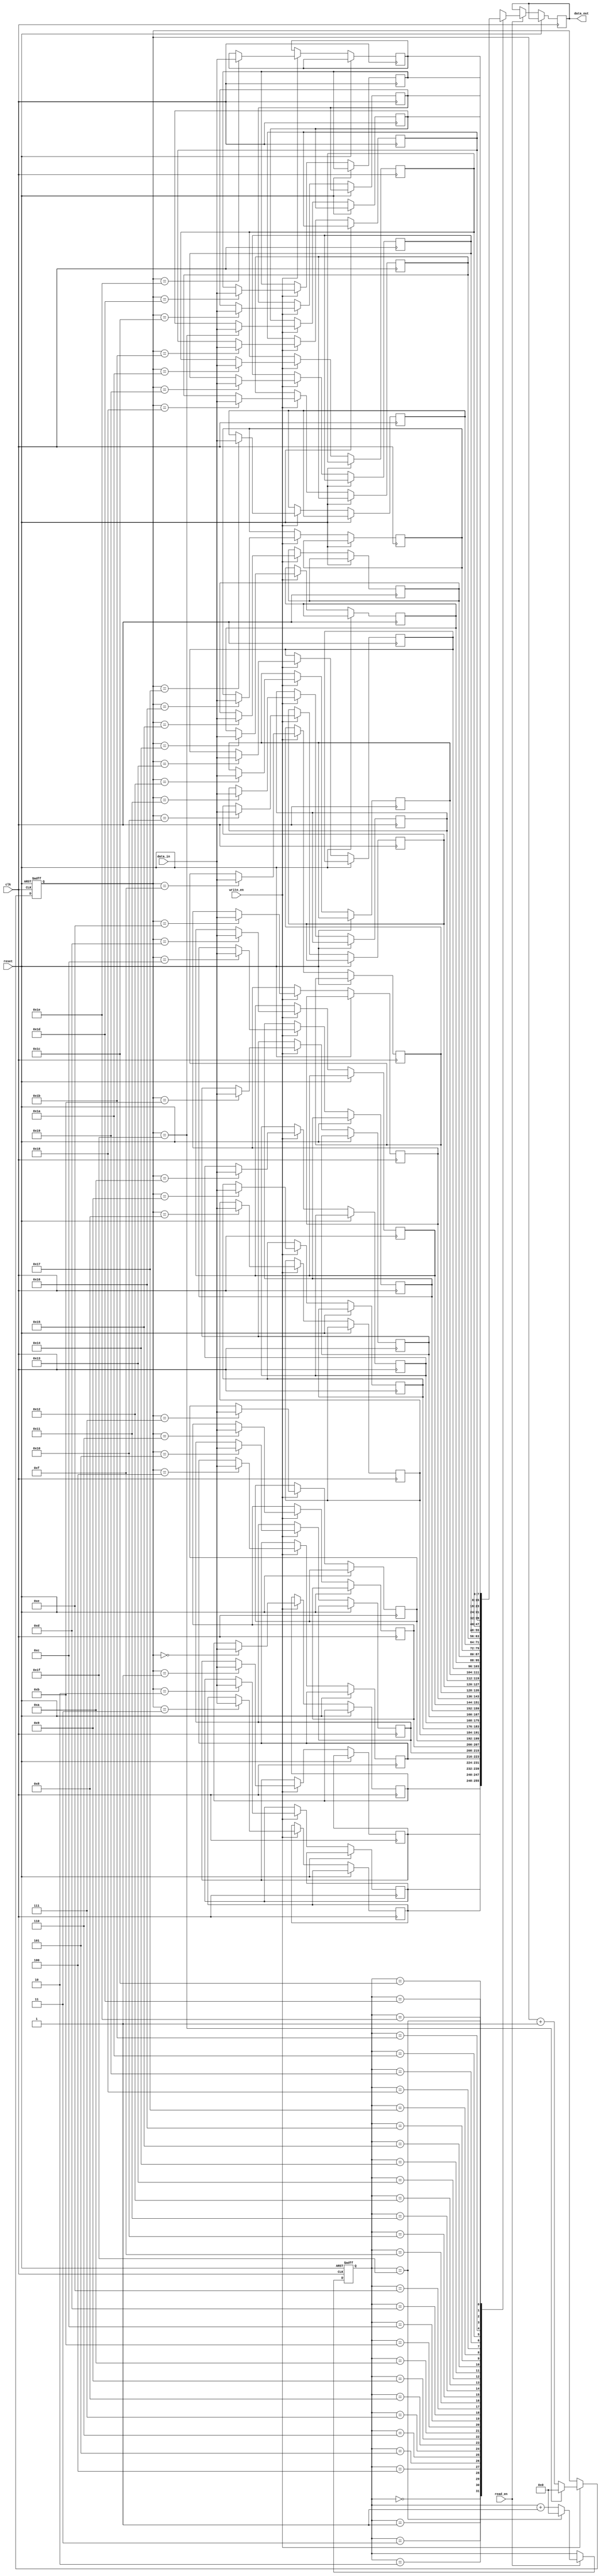
module gray_fifo(
    input wire clk,
    input wire reset,
    input wire write_en,
    input wire read_en,
    input wire [WIDTH-1:0] data_in,
    output wire [WIDTH-1:0] data_out
);

parameter WIDTH = 8; // Specify the width of the data elements

reg [WIDTH-1:0] memory [0:31]; // Memory array for storing data elements
reg [4:0] read_ptr, write_ptr; // Pointers for read and write operations

always @(posedge clk or posedge reset) begin
    if (reset) begin
        read_ptr <= 0;
        write_ptr <= 0;
    end else begin
        if (write_en) begin
            memory[write_ptr] <= data_in;
            write_ptr <= (write_ptr == 31) ? 0 : write_ptr + 1;
        end
        if (read_en) begin
            data_out <= memory[read_ptr];
            read_ptr <= (read_ptr == 31) ? 0 : read_ptr + 1;
        end
    end
end

endmodule